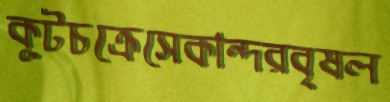
কূটচক্রেসেকান্দরবৃষল